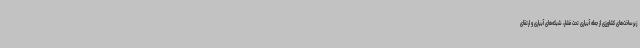
زیرساخت‌های کشاورزی از جمله آبیاری تحت فشار، شبکه‌های آبیاری و ارتقای